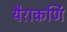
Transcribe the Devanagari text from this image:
यैराकर्णि